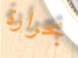
بحرارة